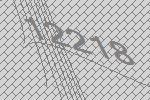
12218